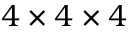
4 \times 4 \times 4